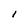
Character: l